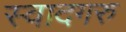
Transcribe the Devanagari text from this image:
स्वादगरु